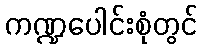
ကဏ္ဍပေါင်းစုံတွင်